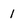
Character: 1